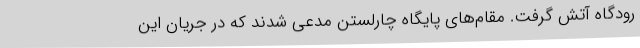
رودگاه آتش گرفت. مقام‌های پایگاه چارلستن مدعی شدند که در جریان این